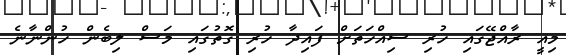
މިއީ ރާއްޖޭގައި ހުރި ސިއްހަތަށް ފައިދާ ހުރި ގޮތުގައި މަސް ލިބެން ހުންނާނެ